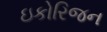
ઇકોરિજન